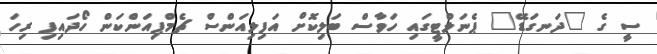
ސީ ގެ "ދަނގަޑޭ" ޕެނަލްޓީގައި ހަވާސް ބަލިކޮށް އަފިލިއަންސް ޗެމްޕިއަންކަން ހޯދައިފި ރިހަ